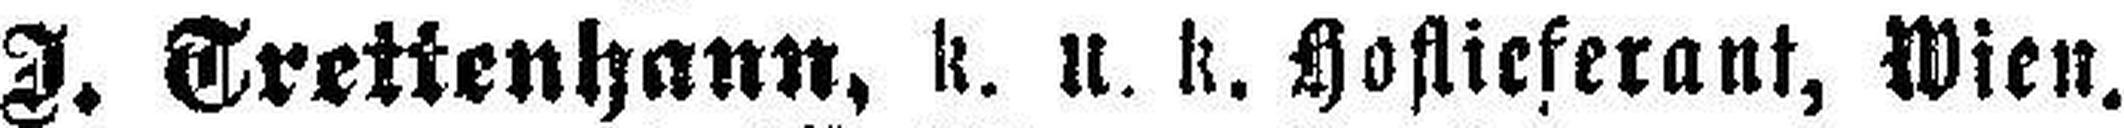
J. Trettenhann, k. u. k. Hoflieferant, Wien.